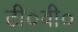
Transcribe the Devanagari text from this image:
टी०वी०